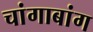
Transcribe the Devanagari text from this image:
चांगाबांग